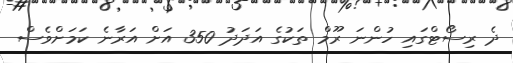
ދެ ރިސޯޓްގައި ހުންނަ ރޫމް ތަކުގެ އަދަދު 350 އަށް އަރާނެ ކަމަށްވެސް